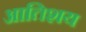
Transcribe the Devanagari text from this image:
आतिशय